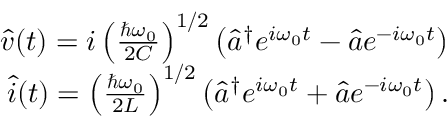
\begin{array} { r } { \hat { v } ( t ) = i \left( \frac { \hbar \omega _ { 0 } } { 2 C } \right) ^ { 1 / 2 } \left( \hat { a } ^ { \dagger } e ^ { i \omega _ { 0 } t } - \hat { a } e ^ { - i \omega _ { 0 } t } \right) } \\ { \hat { i } ( t ) = \left( \frac { \hbar \omega _ { 0 } } { 2 L } \right) ^ { 1 / 2 } \left( \hat { a } ^ { \dagger } e ^ { i \omega _ { 0 } t } + \hat { a } e ^ { - i \omega _ { 0 } t } \right) . } \end{array}